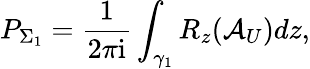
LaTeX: P_{\Sigma_{1}}=\frac{1}{2\pi\mathrm{i}}\int_{\gamma_{1}}R_{z}(\mathcal{A}_{U})dz,